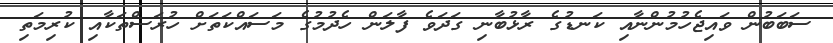
ސަބަބުން ވައިޖެހުމުންނާއި ކަނޑުގެ ރާޅުބާނި ގަދަވެ ފާލަން ހެދުމުގެ މަސައްކަތަށް ހުރަސްތަކާއި ކުރިމަތި